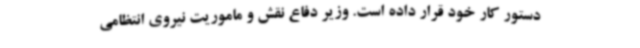
دستور کار خود قرار داده است. وزیر دفاع نقش و ماموریت نیروی انتظامی